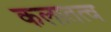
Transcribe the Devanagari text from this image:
कलातत्व